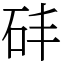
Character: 䂜